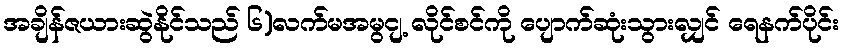
အချိန်ဇယားဆွဲနိုင်သည် ၆)လက်မအမွငျ့ လိုင်စင်ကို ပျောက်ဆုံးသွားလျှင် ရေနက်ပိုင်း